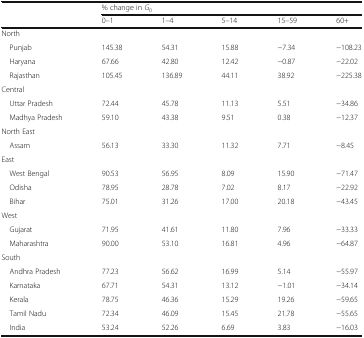
| <ROWSPAN=2>  | <COLSPAN=5> % change in G0 |
 | 0–1 | 1–4 | 5–14 | 15–59 | 60+ |
 | --- | --- | --- | --- | --- | --- |
 | <COLSPAN=6> North |
 | Punjab | 145.38 | 54.31 | 15.88 | −7.34 | −108.23 |
 | Haryana | 67.66 | 42.80 | 12.42 | −0.87 | −22.02 |
 | Rajasthan | 105.45 | 136.89 | 44.11 | 38.92 | −225.38 |
 | <COLSPAN=6> Central |
 | Uttar Pradesh | 72.44 | 45.78 | 11.13 | 5.51 | −34.86 |
 | Madhya Pradesh | 59.10 | 43.38 | 9.51 | 0.38 | −12.37 |
 | <COLSPAN=6> North East |
 | Assam | 56.13 | 33.30 | 11.32 | 7.71 | −8.45 |
 | <COLSPAN=6> East |
 | West Bengal | 90.53 | 56.95 | 8.09 | 15.90 | −71.47 |
 | Odisha | 78.95 | 28.78 | 7.02 | 8.17 | −22.92 |
 | Bihar | 75.01 | 31.26 | 17.00 | 20.18 | −43.45 |
 | <COLSPAN=6> West |
 | Gujarat | 71.95 | 41.61 | 11.80 | 7.96 | −33.33 |
 | Maharashtra | 90.00 | 53.10 | 16.81 | 4.96 | −64.87 |
 | <COLSPAN=6> South |
 | Andhra Pradesh | 77.23 | 56.62 | 16.99 | 5.14 | −55.97 |
 | Karnataka | 67.71 | 54.31 | 13.12 | −1.01 | −34.14 |
 | Kerala | 78.75 | 46.36 | 15.29 | 19.26 | −59.65 |
 | Tamil Nadu | 72.34 | 46.09 | 15.45 | 21.78 | −55.65 |
 | India | 53.24 | 52.26 | 6.69 | 3.83 | −16.03 |